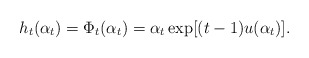
\begin{align*}h_t(\alpha_t)=\Phi_t(\alpha_t)=\alpha_t\exp[(t-1)u(\alpha_t) ].\end{align*}